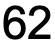
62